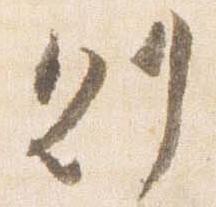
則